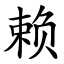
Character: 赖